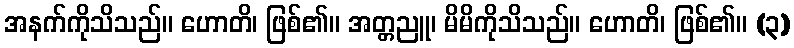
အနက်ကိုသိသည်။ ဟောတိ၊ ဖြစ်၏။ အတ္တညူ၊ မိမိကိုသိသည်။ ဟောတိ၊ ဖြစ်၏။ (၃)